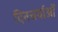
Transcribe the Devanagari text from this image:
दिनचर्याओं